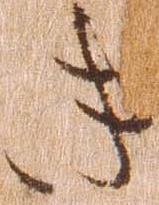
き